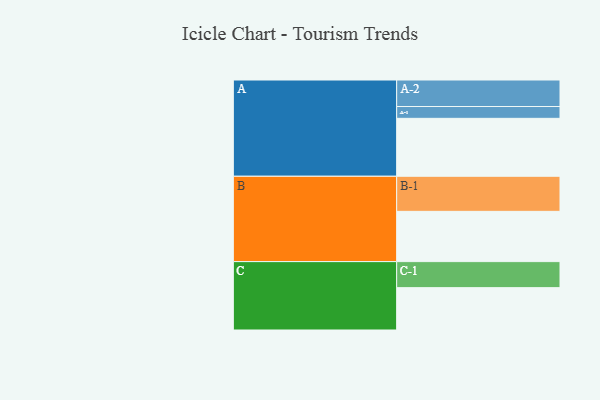
{"axis": {"x": "Segment", "y": "Value"}, "legend": ["", "A", "B", "C"], "data": [{"x": "A", "y": 461, "type": ""}, {"x": "B", "y": 400, "type": ""}, {"x": "C", "y": 337, "type": ""}, {"x": "A-1", "y": 94, "type": "A"}, {"x": "A-2", "y": 211, "type": "A"}, {"x": "B-1", "y": 279, "type": "B"}, {"x": "C-1", "y": 207, "type": "C"}]}